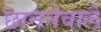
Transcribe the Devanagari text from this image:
छाननेवाले